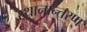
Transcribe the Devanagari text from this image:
स्‍थानान्‍तरण